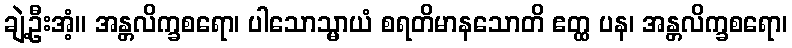
ချဲ့ဦးအံ့။ အန္တလိက္ခစရော၊ ပါသောသ္မာယံ စရတိမာနသောတိ ဧတ္ထ ပန၊ အန္တလိက္ခစရော၊